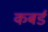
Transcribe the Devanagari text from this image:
कबर्ड